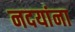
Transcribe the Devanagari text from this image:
नदयांना